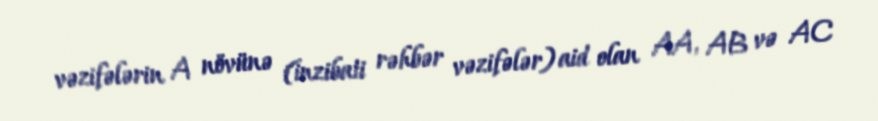
vəzifələrin A növünə (inzibati rəhbər vəzifələr) aid olan AA, AB və AC